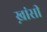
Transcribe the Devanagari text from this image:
ख़ांसी